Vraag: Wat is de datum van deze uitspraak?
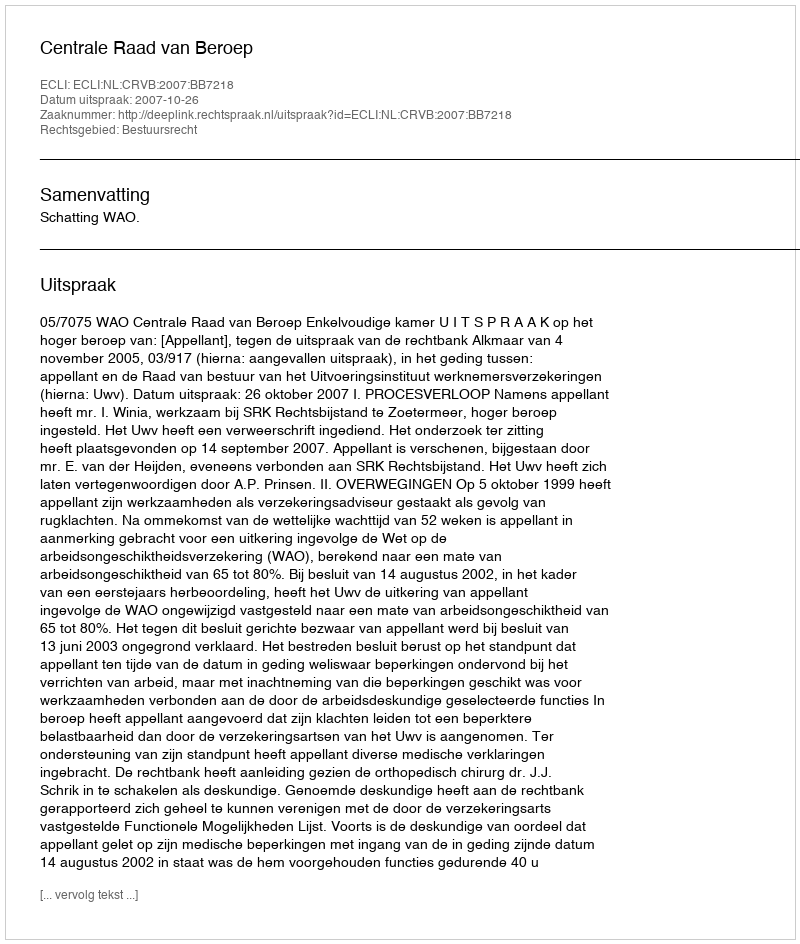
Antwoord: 2007-10-26